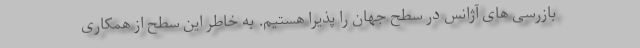
بازرسی های آژانس در سطح جهان را پذیرا هستیم. به خاطر این سطح از همکاری